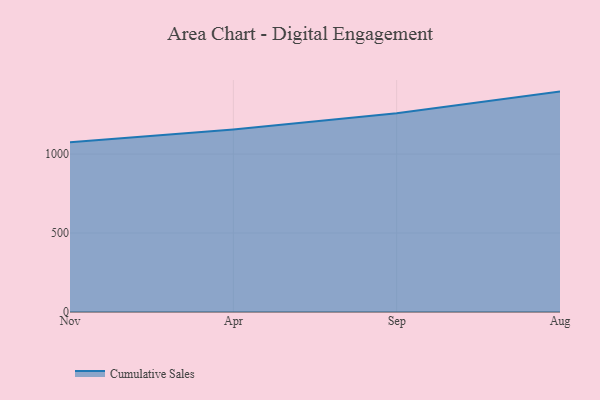
{"axis": {"x": "Month", "y": "Budget (USD K)"}, "legend": ["Cumulative Sales"], "data": [{"x": "Nov", "y": 1073.9, "type": "Cumulative Sales"}, {"x": "Apr", "y": 1155.8, "type": "Cumulative Sales"}, {"x": "Sep", "y": 1258.2, "type": "Cumulative Sales"}, {"x": "Aug", "y": 1395.3, "type": "Cumulative Sales"}]}